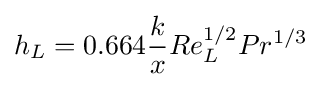
h_{L}=0.664{k \over x}Re_{L}^{1/2}Pr^{1/3}